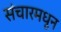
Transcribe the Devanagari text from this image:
संचारमधून